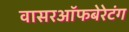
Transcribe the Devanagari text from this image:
वासरऑफबेरेटंग